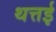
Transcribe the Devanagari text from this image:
थत्तई